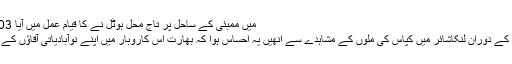
Image caption 1903 میں ممبئی کے ساحل پر تاج محل ہوٹل نے کا قیام عمل میں آیا
برطانیہ کے ایک دورے کے دوران لنکاشائر میں کپاس کی ملوں کے مشاہدے سے انھیں یہ احساس ہوا کہ بھارت اس کاروبار میں اپنے نوآبادیاتی آقاؤں کے ساتھ مقابلہ کر سکتا ہے۔